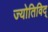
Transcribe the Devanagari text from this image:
ज्योतिविद्